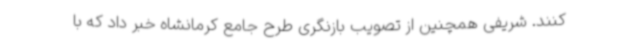
کنند. شریفی همچنین از تصویب بازنگری طرح جامع کرمانشاه خبر داد که با